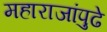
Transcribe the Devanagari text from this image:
महाराजांपुढे